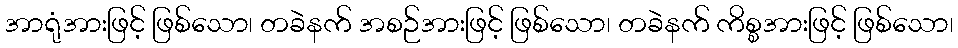
အာရုံအားဖြင့် ဖြစ်သော၊ တခဲနက် အစဉ်အားဖြင့် ဖြစ်သော၊ တခဲနက် ကိစ္စအားဖြင့် ဖြစ်သော၊